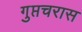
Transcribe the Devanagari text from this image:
गुप्तचरास